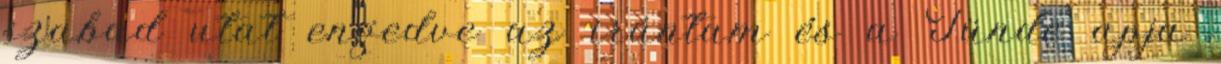
szabad utat engedve az irántam és a Tünde apja